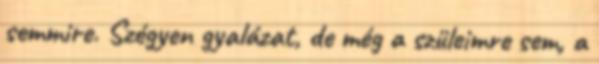
semmire. Szégyen gyalázat, de még a szüleimre sem, a